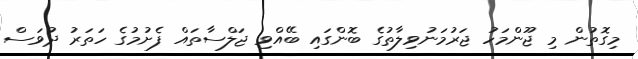
މިގޮތުން މި ޖޫންމަހު ޖަރުމަނުވިލާތުގެ ބޮންގައި ބޭއްވި ޖަލްސާތައް ފެށުމުގެ ހަތަރު ދުވަސް